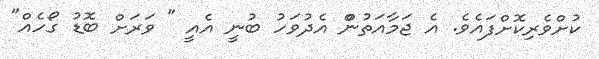
ކުށްވެރިކޮށްފައެވެ. އެ ޖަމާއަތުންް އެދުވަހު ބުނީ އެއީ " ވަރަށް ބޮޑު ގޯހެއް"